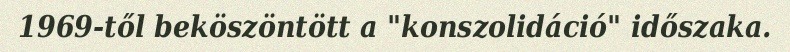
1969-től beköszöntött a "konszolidáció" időszaka.